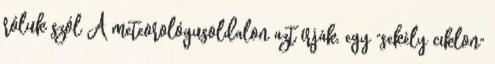
róluk szól A meteorológusoldalon azt írják, egy "sekély ciklon"